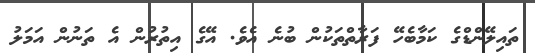
ތައިލޭންޑްގެ ކަމާބެހޭ ފަރާތްތަކުން ބުނެ އެވެ. އޭގެ އިތުރުން އެ ތަނުން އަމަލު